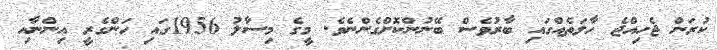
ކުރަން ޖެހިއްޖެ ހާލަތެއްގައި ބާރުވެސް ބޭނުންކޮށްގެންނެވެ. މީގެ މިސާލު 1956ގައި ހަންގެރީ އިންނާއި